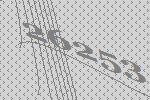
26253